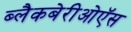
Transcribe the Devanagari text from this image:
ब्लैकबेरीओऍस